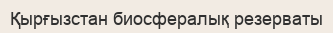
Қырғызстан биосфералық резерваты